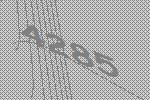
4285